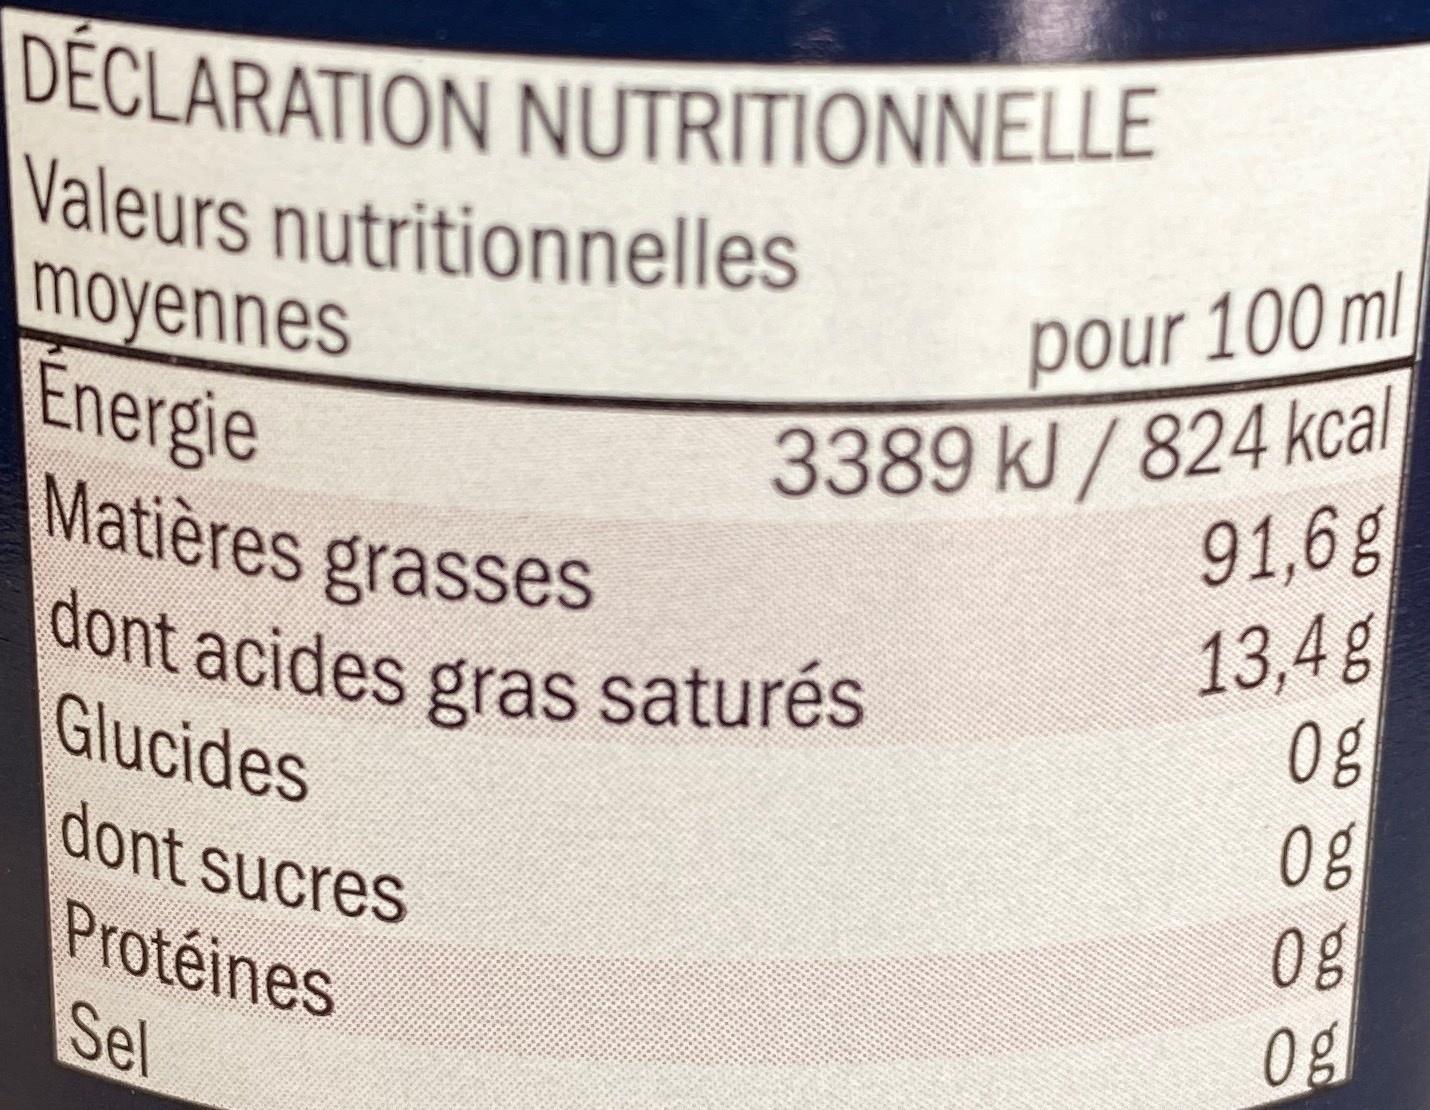
DÉCLARATION NUTRITIONNELLE Valeurs nutritionnelles
moyennes
Energie Matières grasses dont acides gras saturés
Glucides
dont sucres
Protéines
Sel
pour 100 ml 3389 kJ/824 kcal
91,6g
13,4g
0%
0g
0g
0g